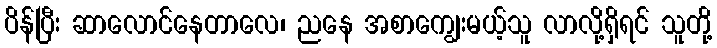
ပိန်ပြီး ဆာလောင်နေတာလေ၊ ညနေ အစာကျွေးမယ့်သူ လာလို့ရှိရင် သူတို့